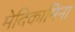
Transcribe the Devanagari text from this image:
मेदिकामिना